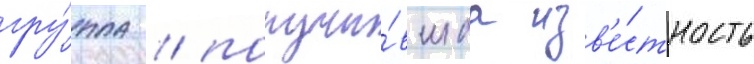
гру́ппа / получи́вшаа изв'е́стность